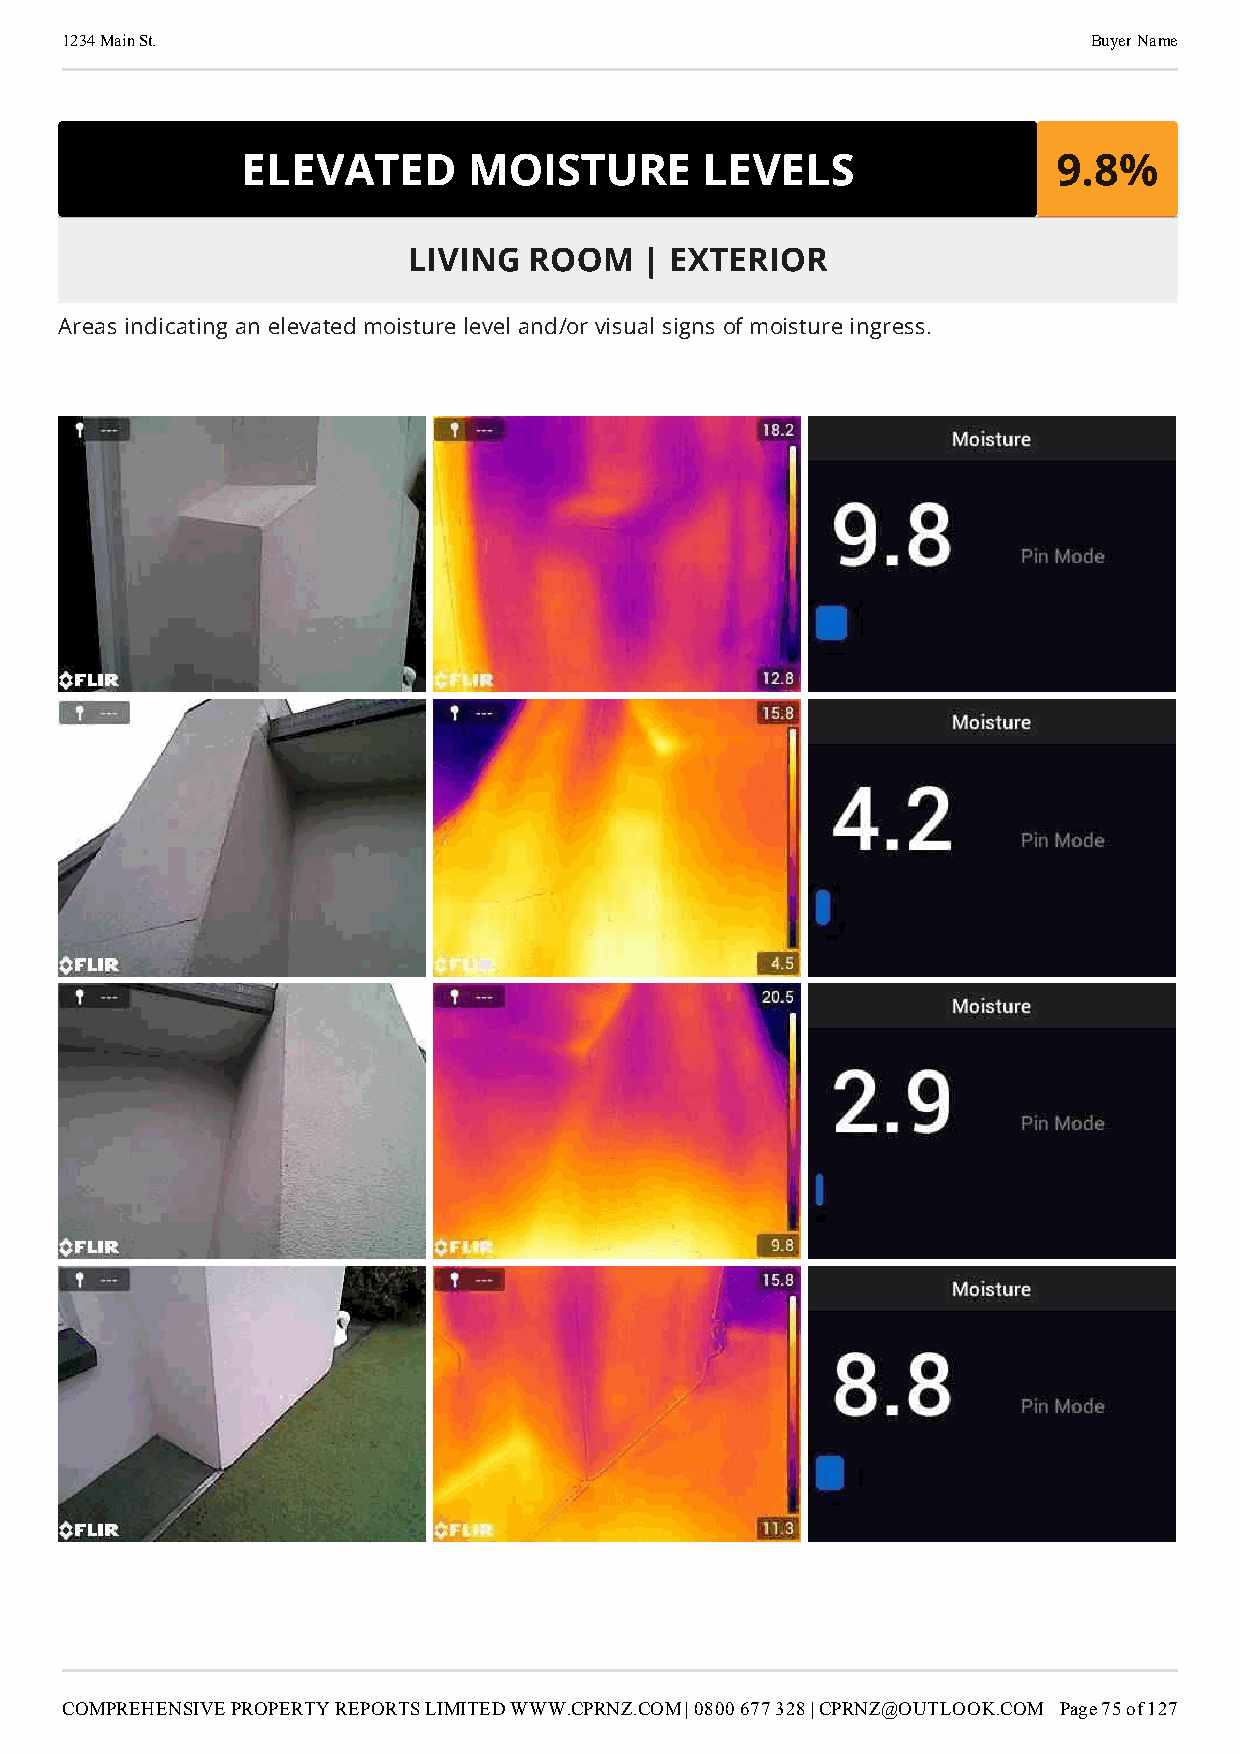
1234 Main St.                                                       Buyer Name
 ELEVATED       MOISTURE       LEVELS                  9.8%
 LIVING  ROOM   | EXTERIOR
 Areas indicating an elevated moisture level and/or visual signs of moisture ingress.
 COMPREHENSIVE PROPERTY REPORTS LIMITED WWW.CPRNZ.COM | 0800 677 328 | CPRNZ@OUTLOOK.COM Page 75 of 127